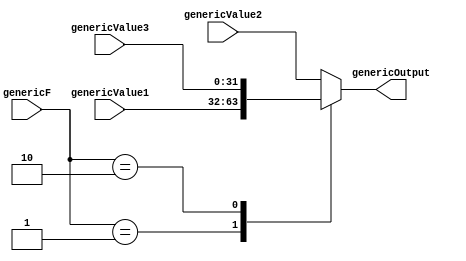
/*------------------------------------------------------------------ 
-- Haley Whitman & Andrew Hill
-- May 2016
-- CAES: Computer Architecture and Embedded Systems Laboratory
-- University of Oregon
-- Eugene, OR
-- 
--  
-- Filename: Mux_3to1.v
--
-----------------------------------------------------------------*/

module Mux_3to1(
	input[31:0] genericValue1,
	input[31:0] genericValue2,
	input[31:0] genericValue3,
	input[1:0] genericF,
	output reg[31:0] genericOutput
	);

always@(*)begin
	case(genericF)
		2'b00: genericOutput = genericValue2; 
		2'b01: genericOutput = genericValue1;
		2'b10: genericOutput = genericValue3;
		default: genericOutput = genericValue2;
	endcase
end

endmodule